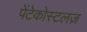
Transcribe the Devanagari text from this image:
पेंटेकोस्टलज़